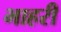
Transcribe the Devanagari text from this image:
भाहरी